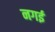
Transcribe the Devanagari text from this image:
नगई